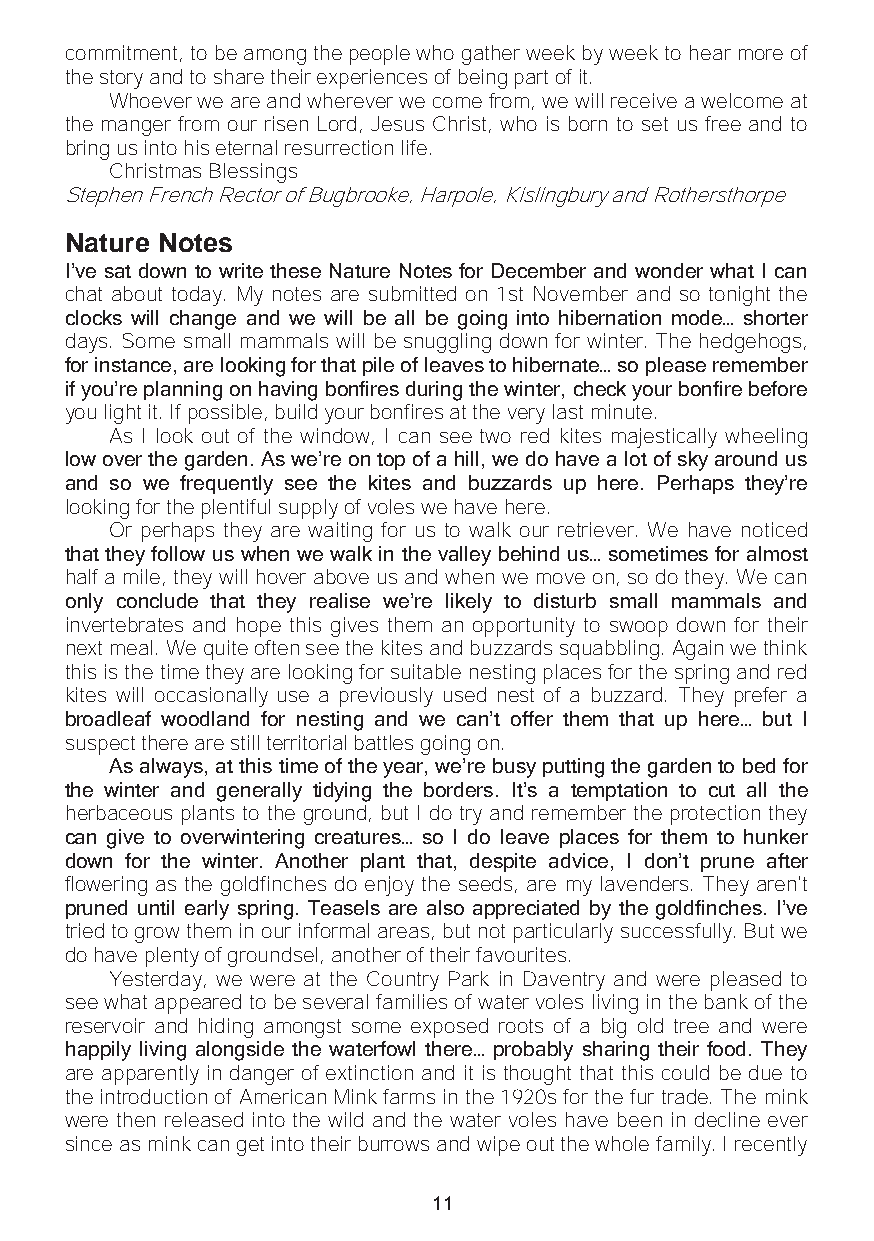
commitment, to be among the people who gather week by week to hear more of
 the story and to share their experiences of being part of it.
 Whoever we are and wherever we come from, we will receive a welcome at
 the manger from our risen Lord, Jesus Christ, who is born to set us free and to
 bring us into his eternal resurrection life.
 Christmas Blessings
 Stephen French Rector of Bugbrooke, Harpole, Kislingbury and Rothersthorpe
 Nature Notes
 I’ve sat down to write these Nature Notes for December and wonder what I can
 chat about today. My notes are submitted on 1st November and so tonight the
 clocks will change and we will be all be going into hibernation mode… shorter
 days. Some small mammals will be snuggling down for winter. The hedgehogs,
 for instance, are looking for that pile of leaves to hibernate… so please remember
 if you’re planning on having bonfires during the winter, check your bonfire before
 you light it. If possible, build your bonfires at the very last minute.
 As I look out of the window, I can see two red kites majestically wheeling
 low over the garden. As we’re on top of a hill, we do have a lot of sky around us
 and so we frequently see the kites and buzzards up here. Perhaps they’re
 looking for the plentiful supply of voles we have here.
 Or perhaps they are waiting for us to walk our retriever. We have noticed
 that they follow us when we walk in the valley behind us… sometimes for almost
 half a mile, they will hover above us and when we move on, so do they. We can
 only conclude that they realise we’re likely to disturb small mammals and
 invertebrates and hope this gives them an opportunity to swoop down for their
 next meal. We quite often see the kites and buzzards squabbling. Again we think
 this is the time they are looking for suitable nesting places for the spring and red
 kites will occasionally use a previously used nest of a buzzard. They prefer a
 broadleaf woodland for nesting and we can’t offer them that up here… but I
 suspect there are still territorial battles going on.
 As always, at this time of the year, we’re busy putting the garden to bed for
 the winter and generally tidying the borders. It’s a temptation to cut all the
 herbaceous plants to the ground, but I do try and remember the protection they
 can give to overwintering creatures… so I do leave places for them to hunker
 down for the winter. Another plant that, despite advice, I don’t prune after
 flowering as the goldfinches do enjoy the seeds, are my lavenders. They aren't
 pruned until early spring. Teasels are also appreciated by the goldfinches. I’ve
 tried to grow them in our informal areas, but not particularly successfully. But we
 do have plenty of groundsel, another of their favourites.
 Yesterday, we were at the Country Park in Daventry and were pleased to
 see what appeared to be several families of water voles living in the bank of the
 reservoir and hiding amongst some exposed roots of a big old tree and were
 happily living alongside the waterfowl there… probably sharing their food. They
 are apparently in danger of extinction and it is thought that this could be due to
 the introduction of American Mink farms in the 1920s for the fur trade. The mink
 were then released into the wild and the water voles have been in decline ever
 since as mink can get into their burrows and wipe out the whole family. I recently
 11